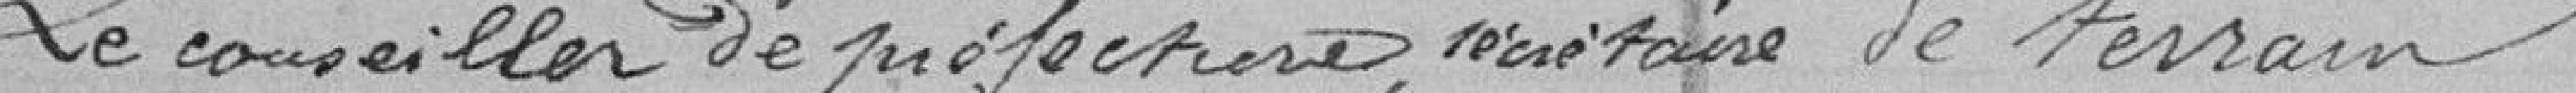
Le conseiller de préfecture, secrétaire de terrain